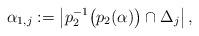
LaTeX: \begin{align*} \alpha_{1,j} := \left| p_2^{-1}\bigl( p_2(\alpha) \bigr) \cap \Delta_j \right| , \end{align*}